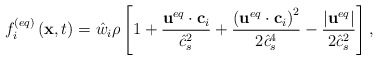
\begin{align*}f_i^{\left( {eq} \right)}\left( {{\bf{x}},t} \right) = {{\hat w}_i}\rho \left[ {1 + \frac{{{{\bf{u}}^{eq}} \cdot {{\bf{c}}_i}}}{{\hat c_s^2}} + \frac{{{{\left( {{{\bf{u}}^{eq}} \cdot {{\bf{c}}_i}} \right)}^2}}}{{2\hat c_s^4}} - \frac{{\left| {{{\bf{u}}^{eq}}} \right|}}{{2\hat c_s^2}}} \right],\end{align*}